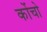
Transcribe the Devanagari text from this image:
कोंचो